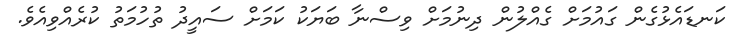
ކަނޑައެޅުގެން ގައުމަށް ގެއްލުން ދިނުމަށް ވިސްނާ ބަޔަކު ކަމަށް ސައީދު ތުހުމަތު ކުރެއްވިއެވެ.